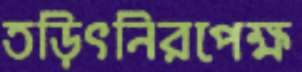
তড়িৎনিরপেক্ষ